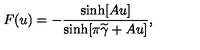
F ( u ) = - \frac { \sinh [ A u ] } { \sinh [ \pi \widetilde { \gamma } + A u ] } ,